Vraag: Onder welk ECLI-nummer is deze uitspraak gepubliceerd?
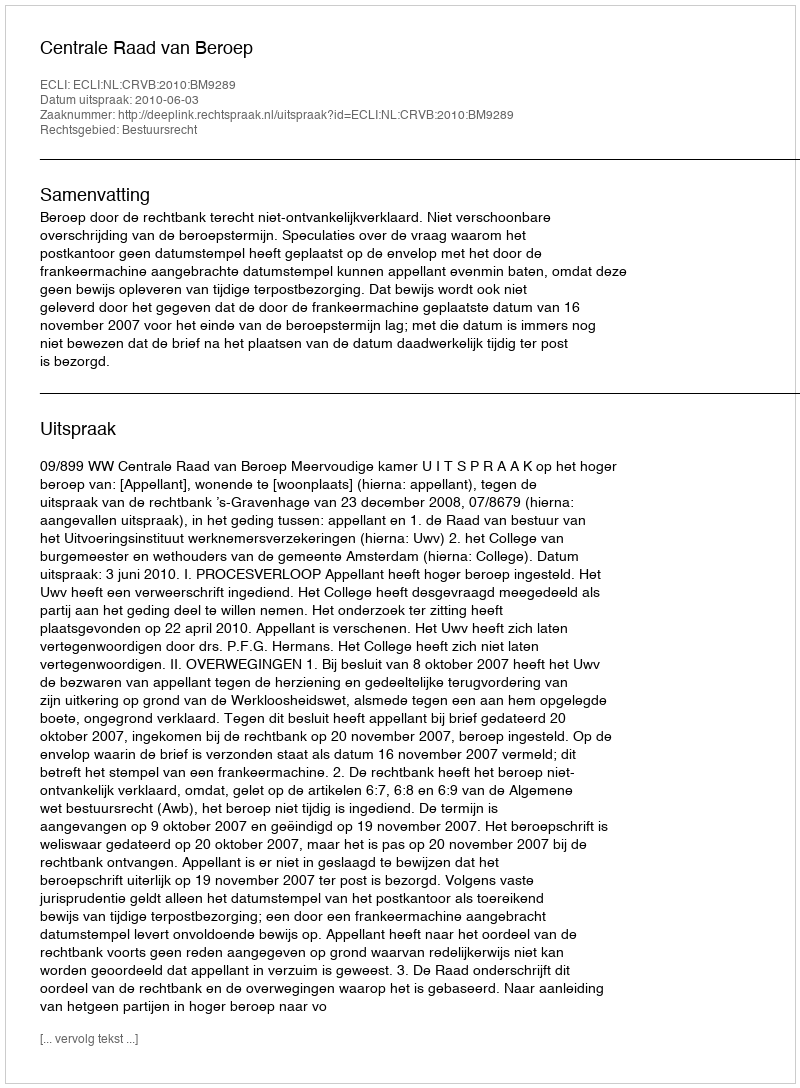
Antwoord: ECLI:NL:CRVB:2010:BM9289